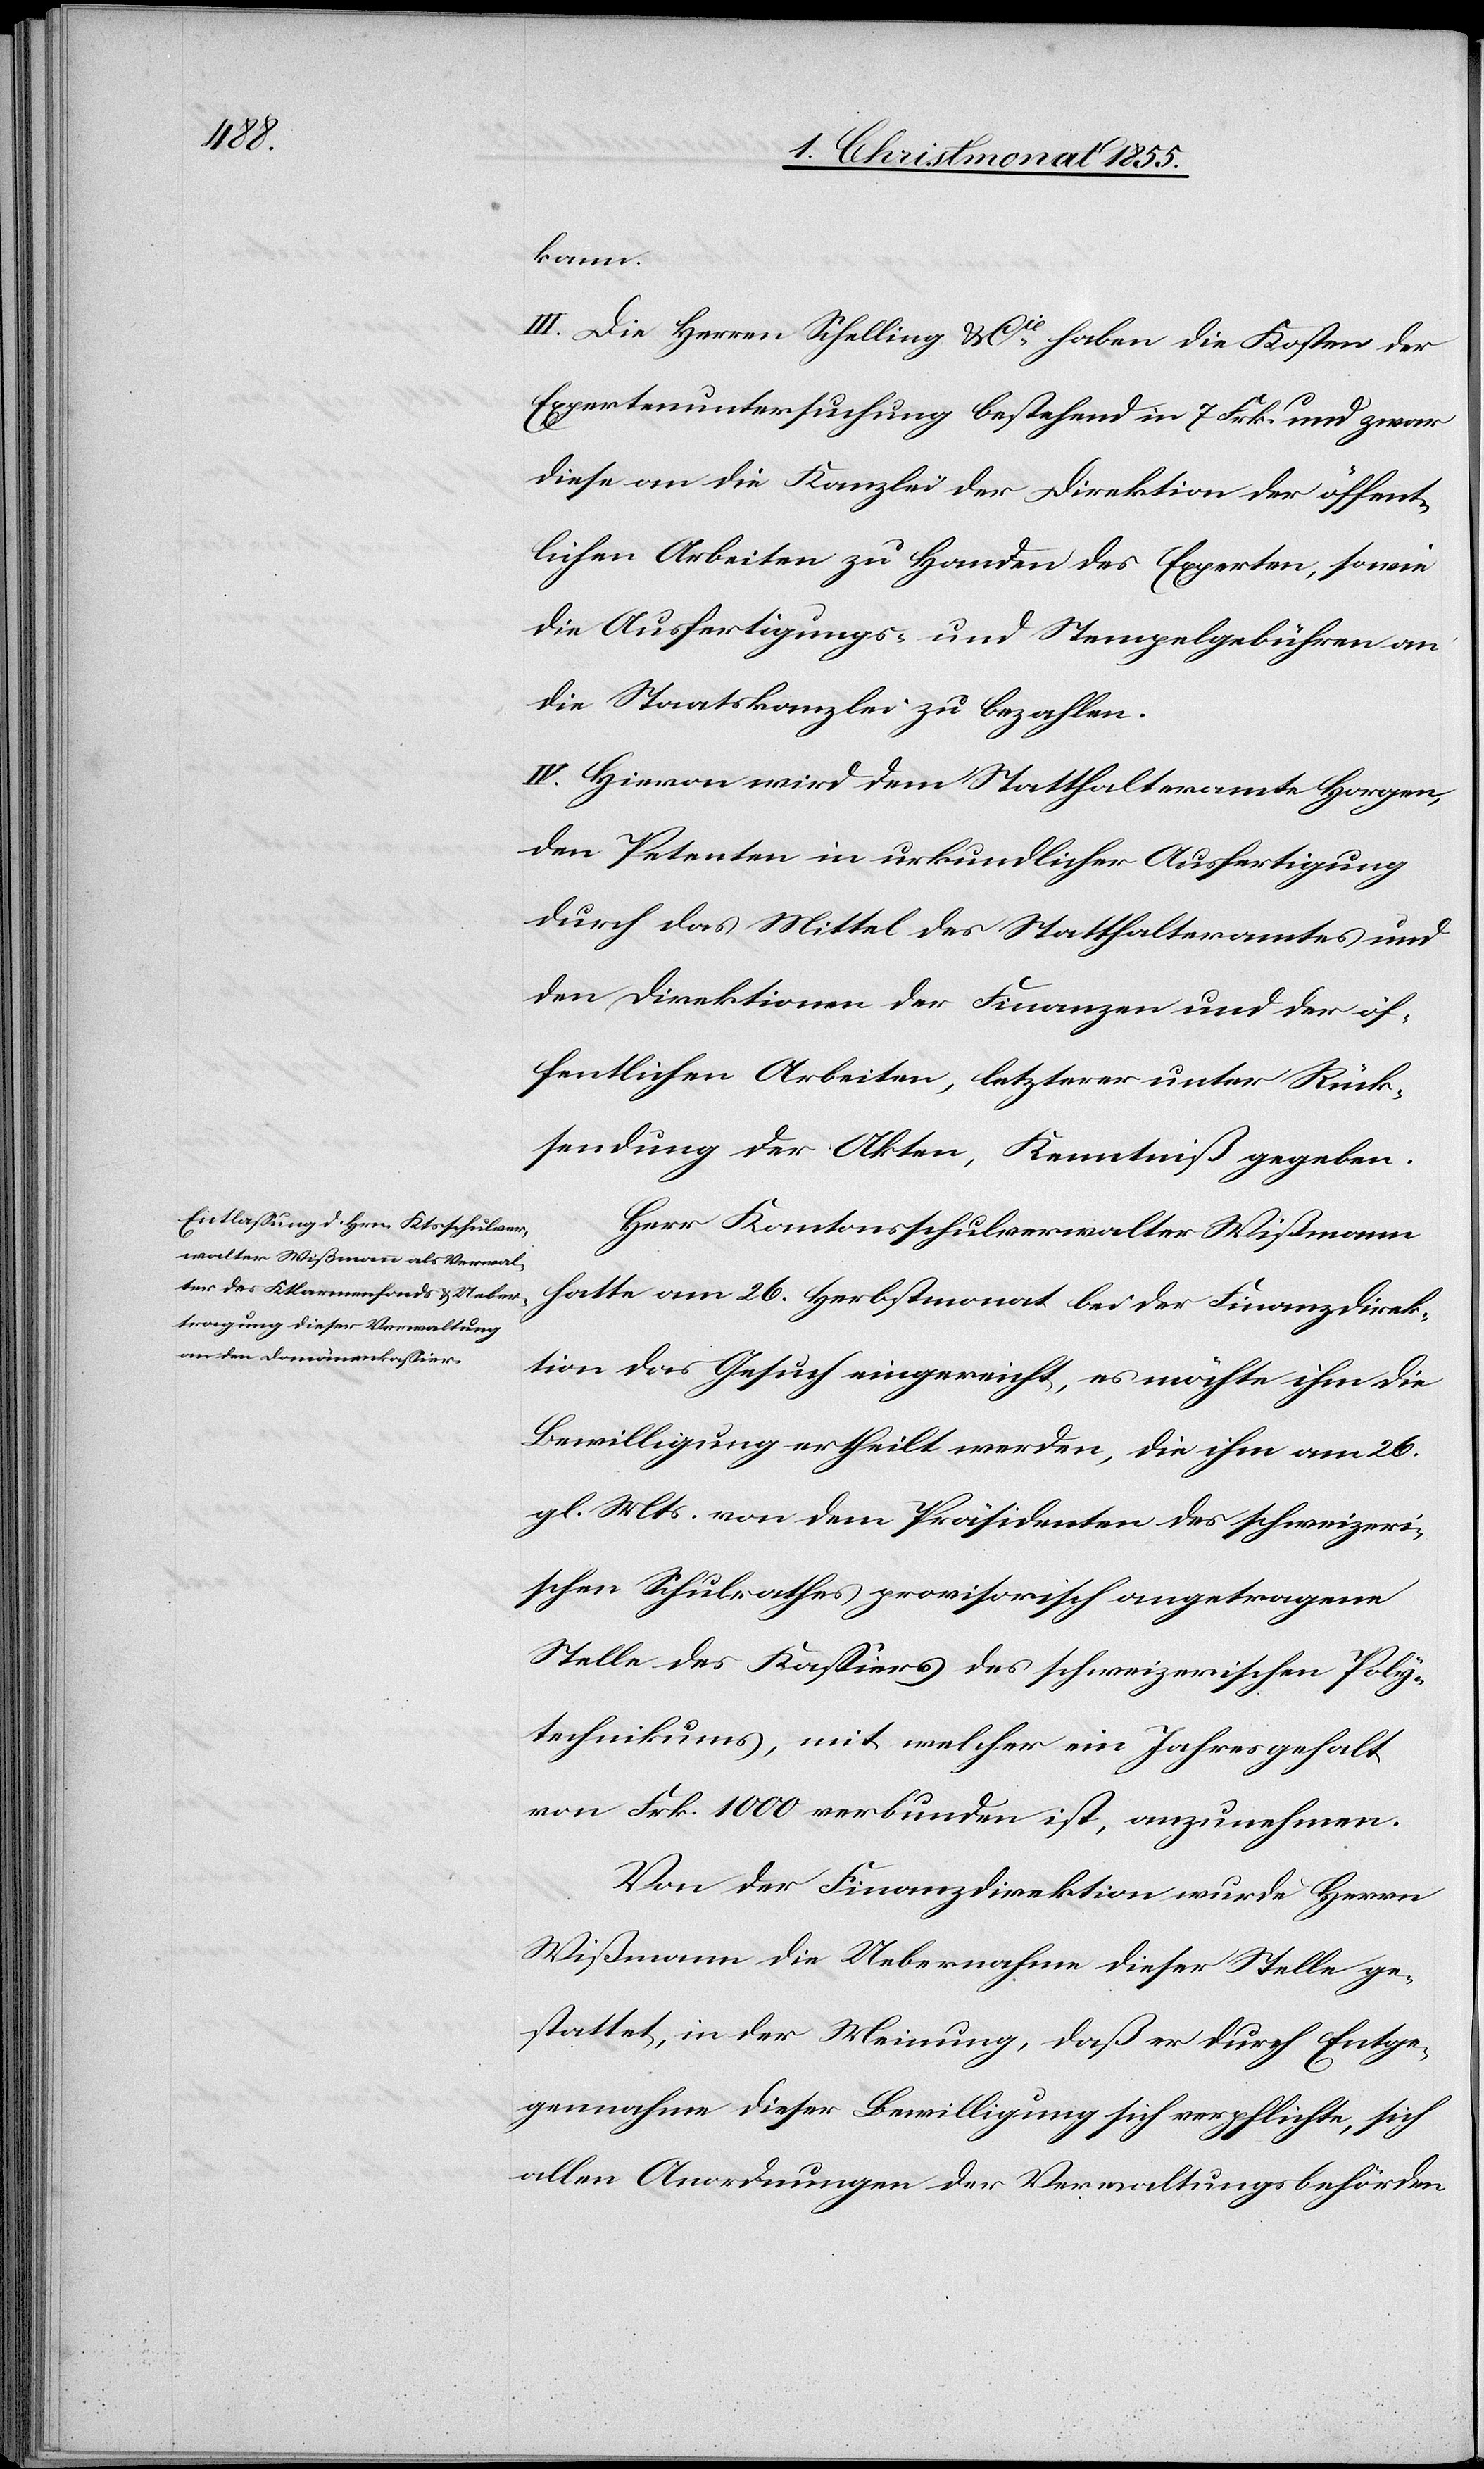
kann.
III. Die Herren Schelling & Cie haben die Kosten der
Expertenuntersuchung bestehend in 7 Frk. und zwar
diese an die Kanzlei der Direktion der öffent¬
lichen Arbeiten zu Handen des Experten, sowie
die Ausfertigungs- und Stempelgebühren an
die Staatskanzlei zu bezahlen.
IV. Hievon wird dem Statthalteramte Horgen,
den Petenten in urkundlicher Ausfertigung
durch das Mittel des Statthalteramtes und
den Direktionen der Finanzen und der öf¬
fentlichen Arbeiten, letzterer unter Rück¬
sendung der Akten, Kenntniß gegeben.
Herr Kantonsschulverwalter Wißmann
hatte am 26. Herbstmonat bei der Finanzdirek¬
tion das Gesuch eingereicht, es möchte ihm die
Bewilligung ertheilt werden, die ihm am 26.
gl. Mts. von dem Präsidenten des schweizeri¬
schen Schulrathes provisorisch angetragene
Stelle des Kassiers des schweizerischen Poly¬
technikums, mit welcher ein Jahresgehalt
von Frk. 1000 verbunden ist, anzunehmen.
Von der Finanzdirektion wurde Herrn
Wißmann die Uebernahme dieser Stelle ge¬
stattet, in der Meinung, daß er durch Entge¬
gennahme dieser Bewilligung sich verpflichte, sich
allen Anordnungen der Verwaltungsbehörden